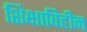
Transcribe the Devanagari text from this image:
शिक्षाविहीन